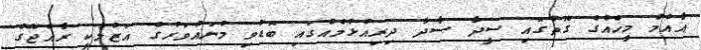
އާއްމު މީހެއްގެ ގޮތުގައި ސީދާ ސާދާ ދިރިއުޅުމެއްގައި ބޮޑުވި މުނައްވަރުގެ އަޒުމަކީ ރާއްޖޭގެ